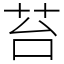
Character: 苔